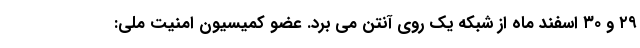
۲۹ و ۳۰ اسفند ماه از شبکه یک روی آنتن می برد. عضو کمیسیون امنیت ملی: